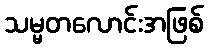
သမ္မတလောင်းအဖြစ်